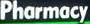
Pharmacy